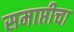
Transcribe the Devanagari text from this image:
समाप्तीचा